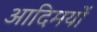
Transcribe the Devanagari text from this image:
आदिमयों